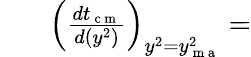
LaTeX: \begin{array}{rl}{~~~}&{{}\left(\frac{dt_{\mathrm{~c~m~}}}{d(y^{2})}\right)_{y^{2}=y_{\mathrm{~m~a~}}^{2}}=}\end{array}